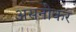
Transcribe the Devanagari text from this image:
असनोकर